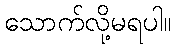
သောက်လို့မရပါ။